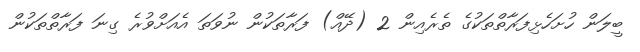
ބީލަން ހުށަހެޅިފަރާތްތަކުގެ ތެރެއިން 2 (ދޭއް) ފަރާތަކުން ނުވަތަ އެއަށްވުރެ ގިނަ ފަރާތްތަކުން